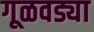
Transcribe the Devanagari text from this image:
गूळवड्या